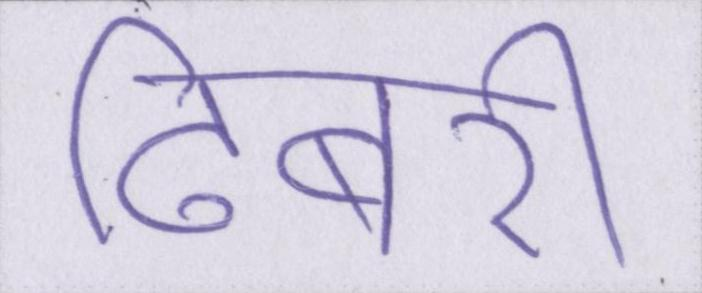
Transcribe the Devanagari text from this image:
ढिबरी